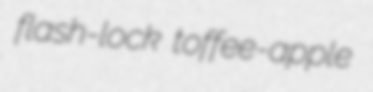
flash-lock toffee-apple